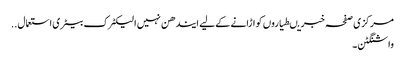
مرکزی صفحہ خبریںطیاروں کو اڑانے کے لیے ایندھن نہیں الیکٹرک بیٹری استعمال ..
واشنگٹن ۔